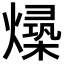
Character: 𪹻